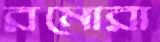
রমোরা